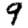
Digit: 9